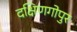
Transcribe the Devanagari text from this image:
दक्षिणगोपुर